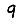
Digit: 9